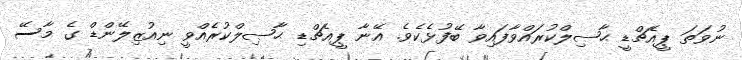
ނުވަތަ ޕީއެޗްޑީ ޙާޞިލްކުރައްވާފައިވާ ބޭފުޅެކެވެ. އޭނާ ޕީއެޗްޑި ޙާޞިލްކުރެއްވީ ނިއުޒިލޭންޑް ގެ މާސޭ